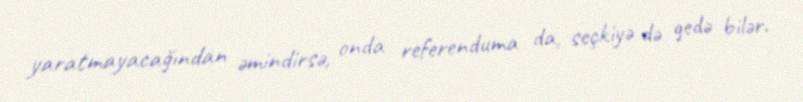
yaratmayacağından əmindirsə, onda referenduma da, seçkiyə də gedə bilər.